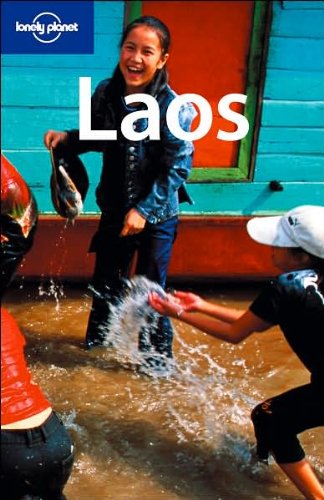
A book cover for Lonely Planet Laos (Country Guide); Andrew Burke; Travel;